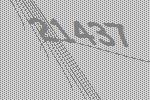
21437